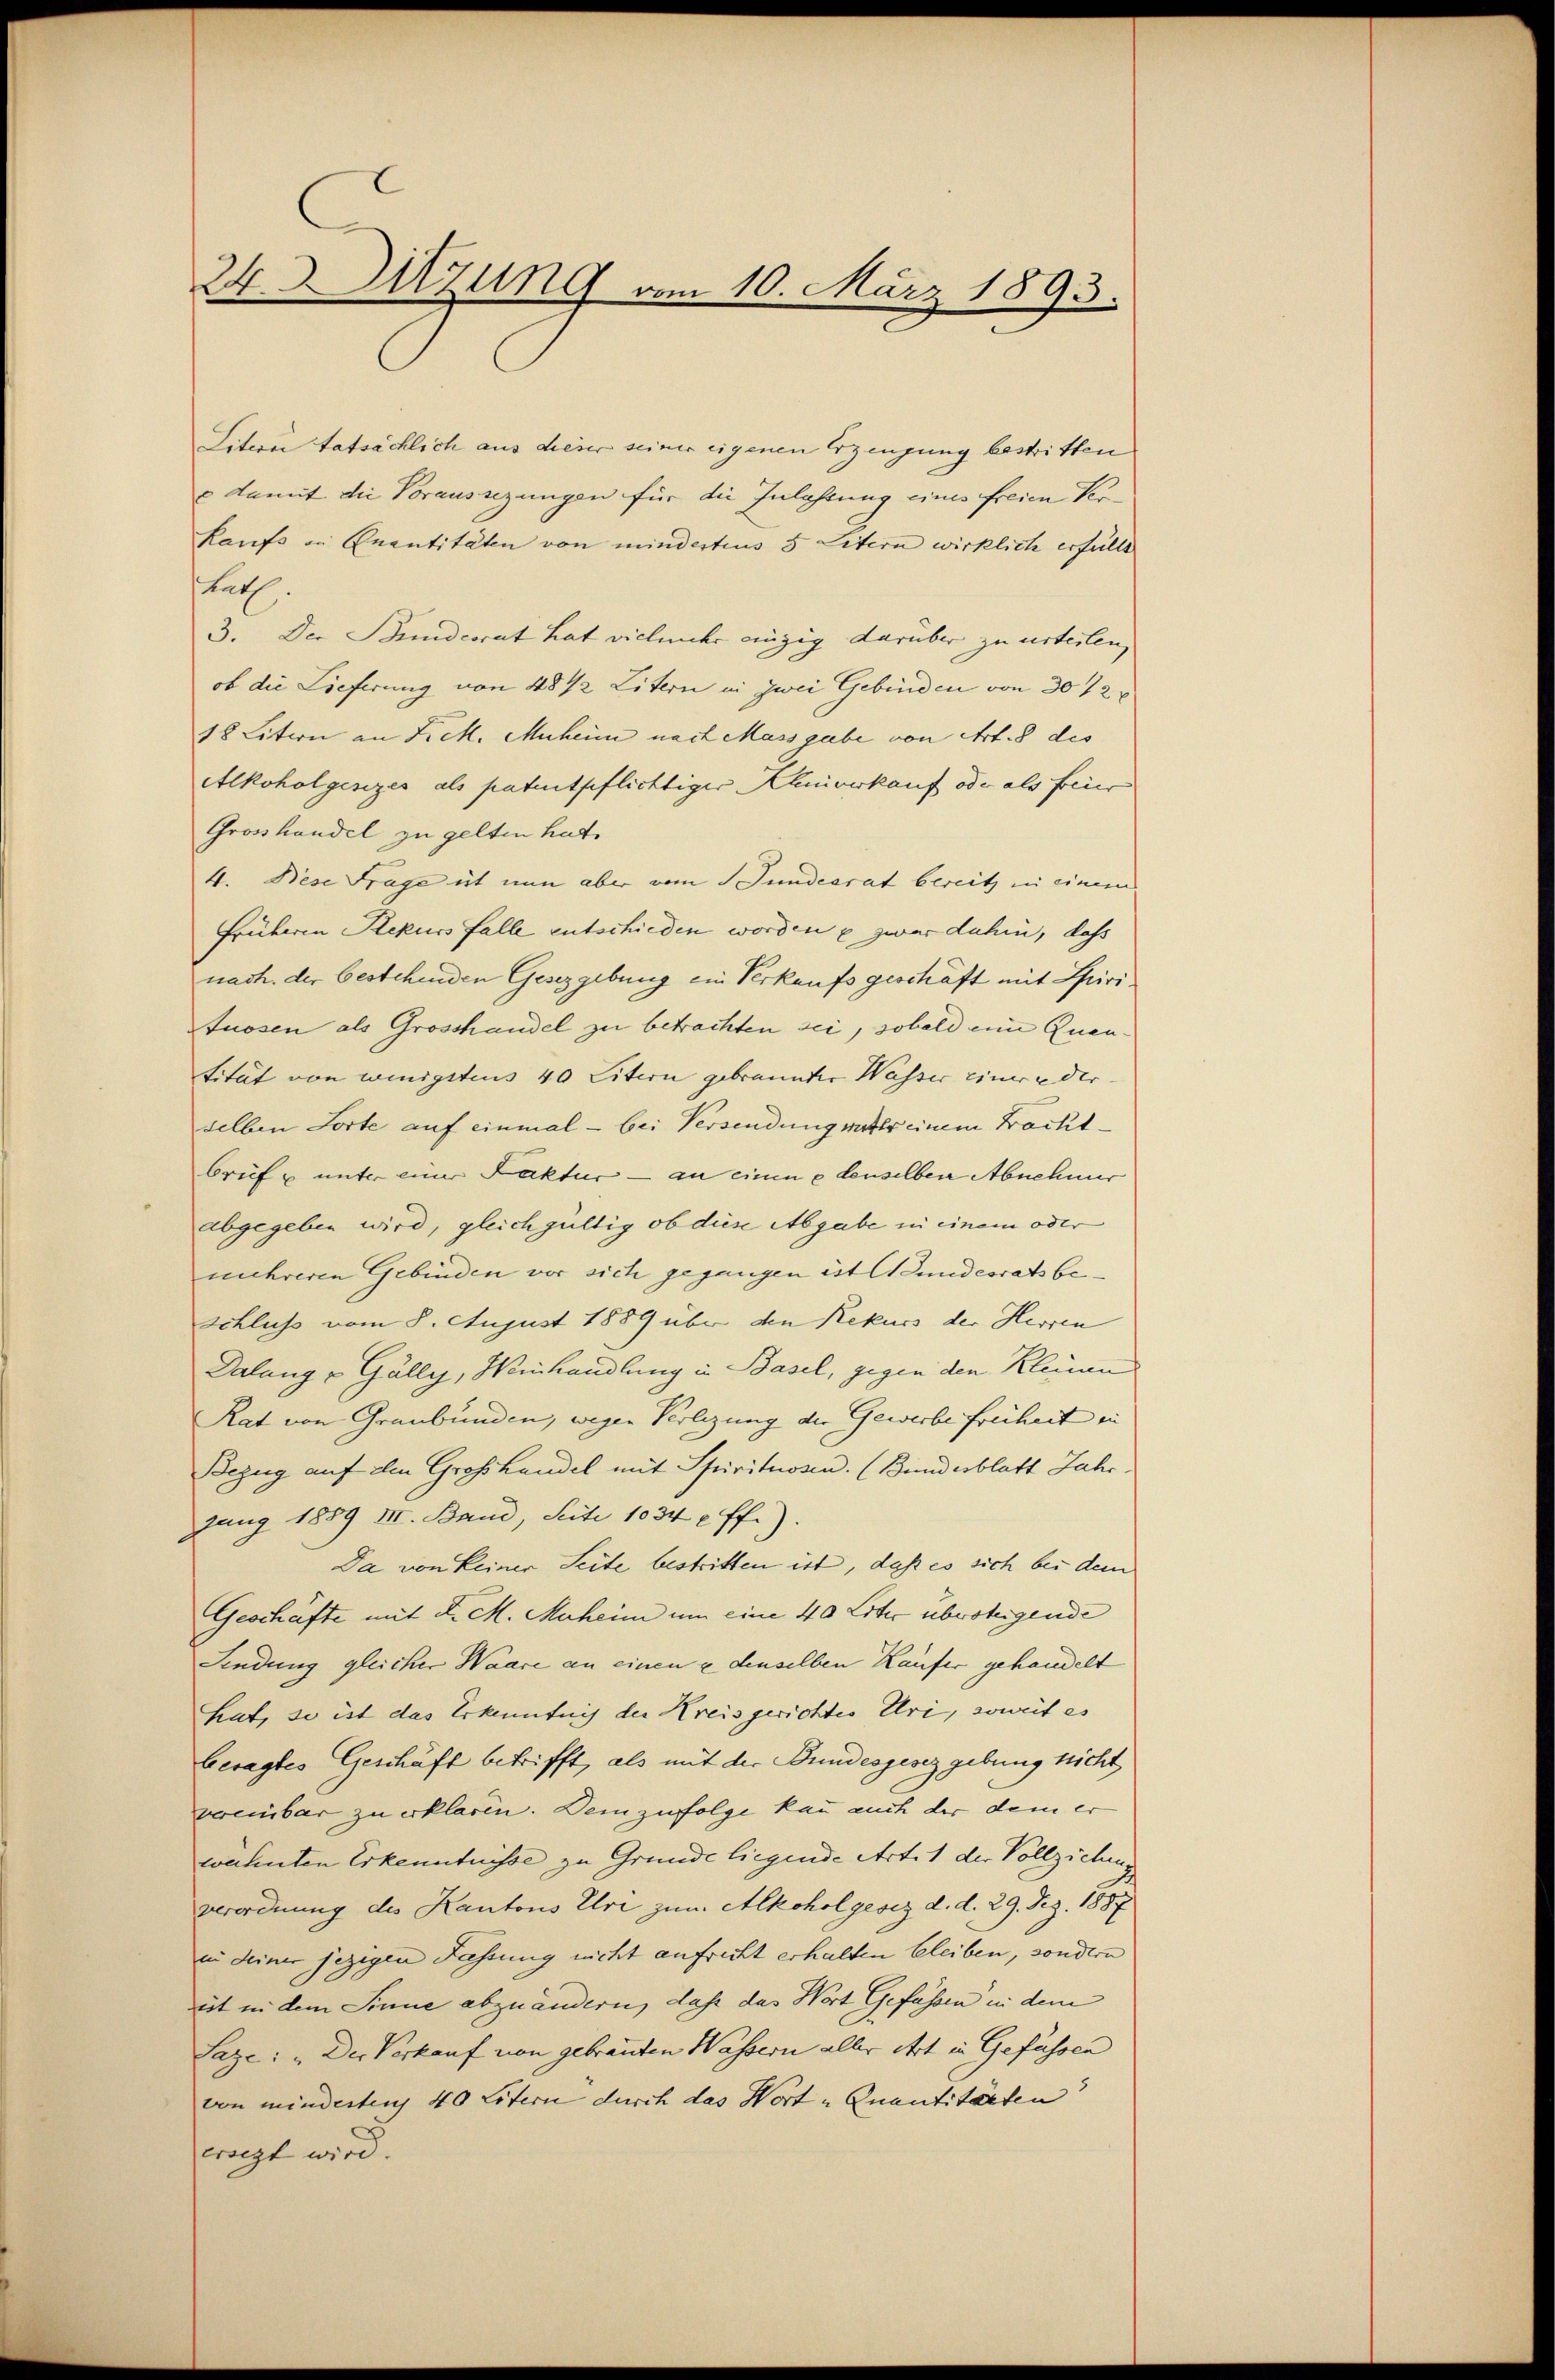
24. Sitzung vom 10. März 1893.

Litere tatsächlich aus dieser seiner eigenen Erzeugung bestritten
 damit die Voraussezungen für die Inlassung eines freien Ver¬
Kaufs in Quantitäten von minderteus 5 Litern wirklich erfüllt
Rath.
3. Der Bundesrat hat vielmehr einzig darüber zu urteilen,
ob die Lieferung von 4842 Litern in zwei Gebinden von 30 f 2
18 Litern an Lick. Muheim nach Massgabe von Art. 8 des
Alkoholgesezes als patentpflichtiger Khnverkauf oder als feier
Grosshandel zu gelten hat.
4. Bese Frage ist nun aber vom Jundesrat bereitz in einem
Früheren Rekurs Falle entschieden worden u zwar dahin, daß
nach. der bestehenden Gesezgebung ein Verkaufs geschäft mit Spirituosen als Grosshandel zu betrachten sei, sobald eine Quentitut von wenigstens 40 Litern gebrannter Wasser einer der
selben Torte auf einmal – bei Versendung witer einem Bachtbrif u unter einer Faktur – an einen denselben Abnehmer
abgegeben wird, gleichgültig ob diese Abgabe in einem oder
mehreren Gebinden vor sich gegangen ist Bundesrats be¬
Schluss vom 8. August 1889 über den Rekurs der Herren
Dalang & Gälly, Hinhandlung in Basel, gegen den Kleinen
Rat von Graubünden, wegen Verlegung der Gewerbe freiheit in
Bezug auf den Grosshandel mit Spirituosen. (Bundesblatt Jahr
zung 1889 III. Band, Seite 1034 ff.).
Da von keiner Seite bestritten ist, daß es sich bei dem
Geschäfte mit d. M. Muheim um eine 40 Liter überteigende
Findung gleicher Waare an einen & denselben Käufer gehandelt
hat, so ist das Erkenntnis des Kreisgerichtes Uri, soweit es
besagtes Geschäft betrifft, als mit der Bundesgesez gebung nicht
vereinbar zu erklären. Dem zufolge kan auch der dem er
wähnten Erkenntnisse zu Grunde liegende Art. 1 der Vollziehen
verordnung des Kantons Ehre zum Alkoholgesez d. d. 29. Dez. 1887
in deiner jezigen Fassung nicht aufricht erhalten bleiben, sondern
iit in dem Sinne abzuändern, daß das Wort Gefässen in dem
Laze: „Der Verkauf von gebrauten Wassern aller Art in Geführen
von mindertens 40 Litern durch das Wort „Quantitärten |
erarzt wird.